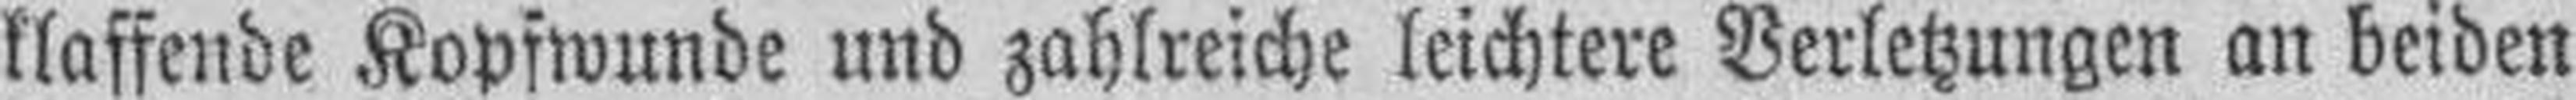
klaffende Kopfwunde und zahlreiche leichtere Verletzungen an beiden